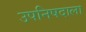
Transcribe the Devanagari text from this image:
उपनिषदाला